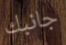
جانبك